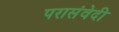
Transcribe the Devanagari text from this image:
परासंवेदी